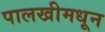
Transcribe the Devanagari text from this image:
पालखीमधून